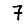
Digit: 7